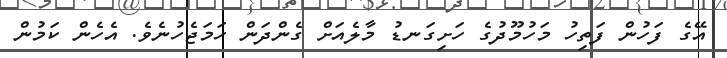
އޭގެ ފަހުން ފަތިހު މަހުމޫދުގެ ހަށިގަނޑު މާލެއަށް ގެންދަން ހަމަޖެހުނެވެ. އެހެން ކަމުން